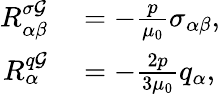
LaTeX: \begin{array}{rl}{R_{\alpha\beta}^{\sigma\mathcal{G}}}&{{}=-\frac{p}{\mu_{0}}\sigma_{\alpha\beta},}\\ {R_{\alpha}^{q\mathcal{G}}}&{{}=-\frac{2p}{3\mu_{0}}q_{\alpha},}\end{array}